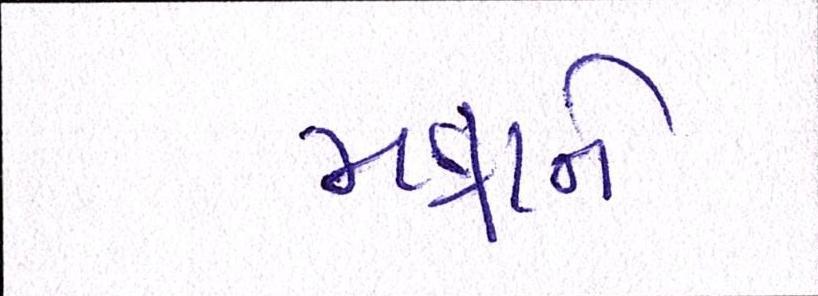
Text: મન્નાને